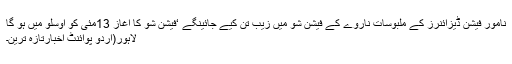
نامور فیشن ڈیزائنرز کے ملبوسات ناروے کے فیشن شو میں زیب تن کیے جائینگے ‘فیشن شو کا آغاز 13مئی کو اوسلو میں ہو گا
لاہور(اُردو پوائنٹ اخبارتازہ ترین۔